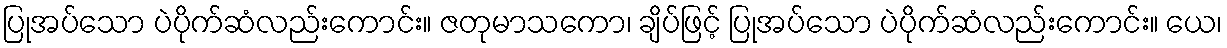
ပြုအပ်သော ပဲပိုက်ဆံလည်းကောင်း။ ဇတုမာသကော၊ ချိပ်ဖြင့် ပြုအပ်သော ပဲပိုက်ဆံလည်းကောင်း။ ယေ၊